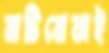
মাটিবোঝাই